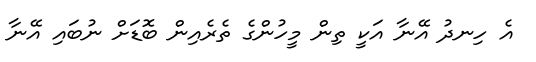
އެ ހިނދު އޭނާ އަކީ ތިން މީހުންގެ ތެރެއިން ބޮޑަށް ނުބައި އޭނާ